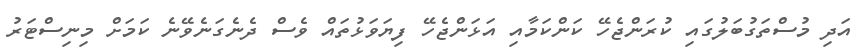
އަދި މުސްތަގުބަލުގައި ކުރަންޖެހޭ ކަންކަމާއި އަޅަންޖެހޭ ފިޔަވަޅުތައް ވެސް ދެނެގަނެވޭނެ ކަމަށް މިނިސްޓަރު